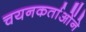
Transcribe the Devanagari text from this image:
चयनकर्ताओंने